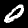
Label: 0